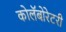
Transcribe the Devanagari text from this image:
कोलॅबोरेटरी